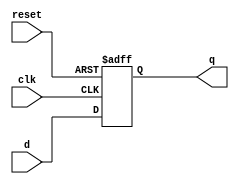
`timescale 1ns / 1ps
//////////////////////////////////////////////////////////////////////////////////
// Company: 
// Engineer: 
// 
// Design Name: 
// Module Name: flopr
// Project Name: 
// Target Devices: 
// Tool Versions: 
// Description: 
// 
// Dependencies: 
// 
// Revision:
// Revision 0.01 - File Created
// Additional Comments:
// 
//////////////////////////////////////////////////////////////////////////////////


module flopr#(parameter width=8)(
input clk,reset,
input [width-1:0] d,
output reg [width-1:0] q
);

always@(posedge clk or posedge reset)
begin
    if(reset)q<=0;
    else q<=d;
end
endmodule